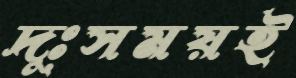
দুঃসময়ই